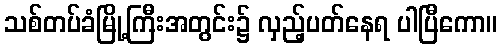
သစ်တပ်ခံမြို့ကြီးအတွင်း၌ လှည့်ပတ်နေရ ပါပြီကော။